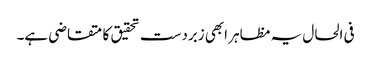
فی الحال یہ مظاہر ابھی زبردست تحقیق کا متقاضی ہے۔